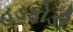
હડફોડી